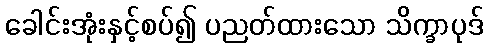
ခေါင်းအုံးနှင့်စပ်၍ ပညတ်ထားသော သိက္ခာပုဒ်